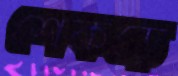
শেকড়ে